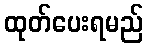
ထုတ်ပေးရမည်